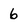
Character: 6